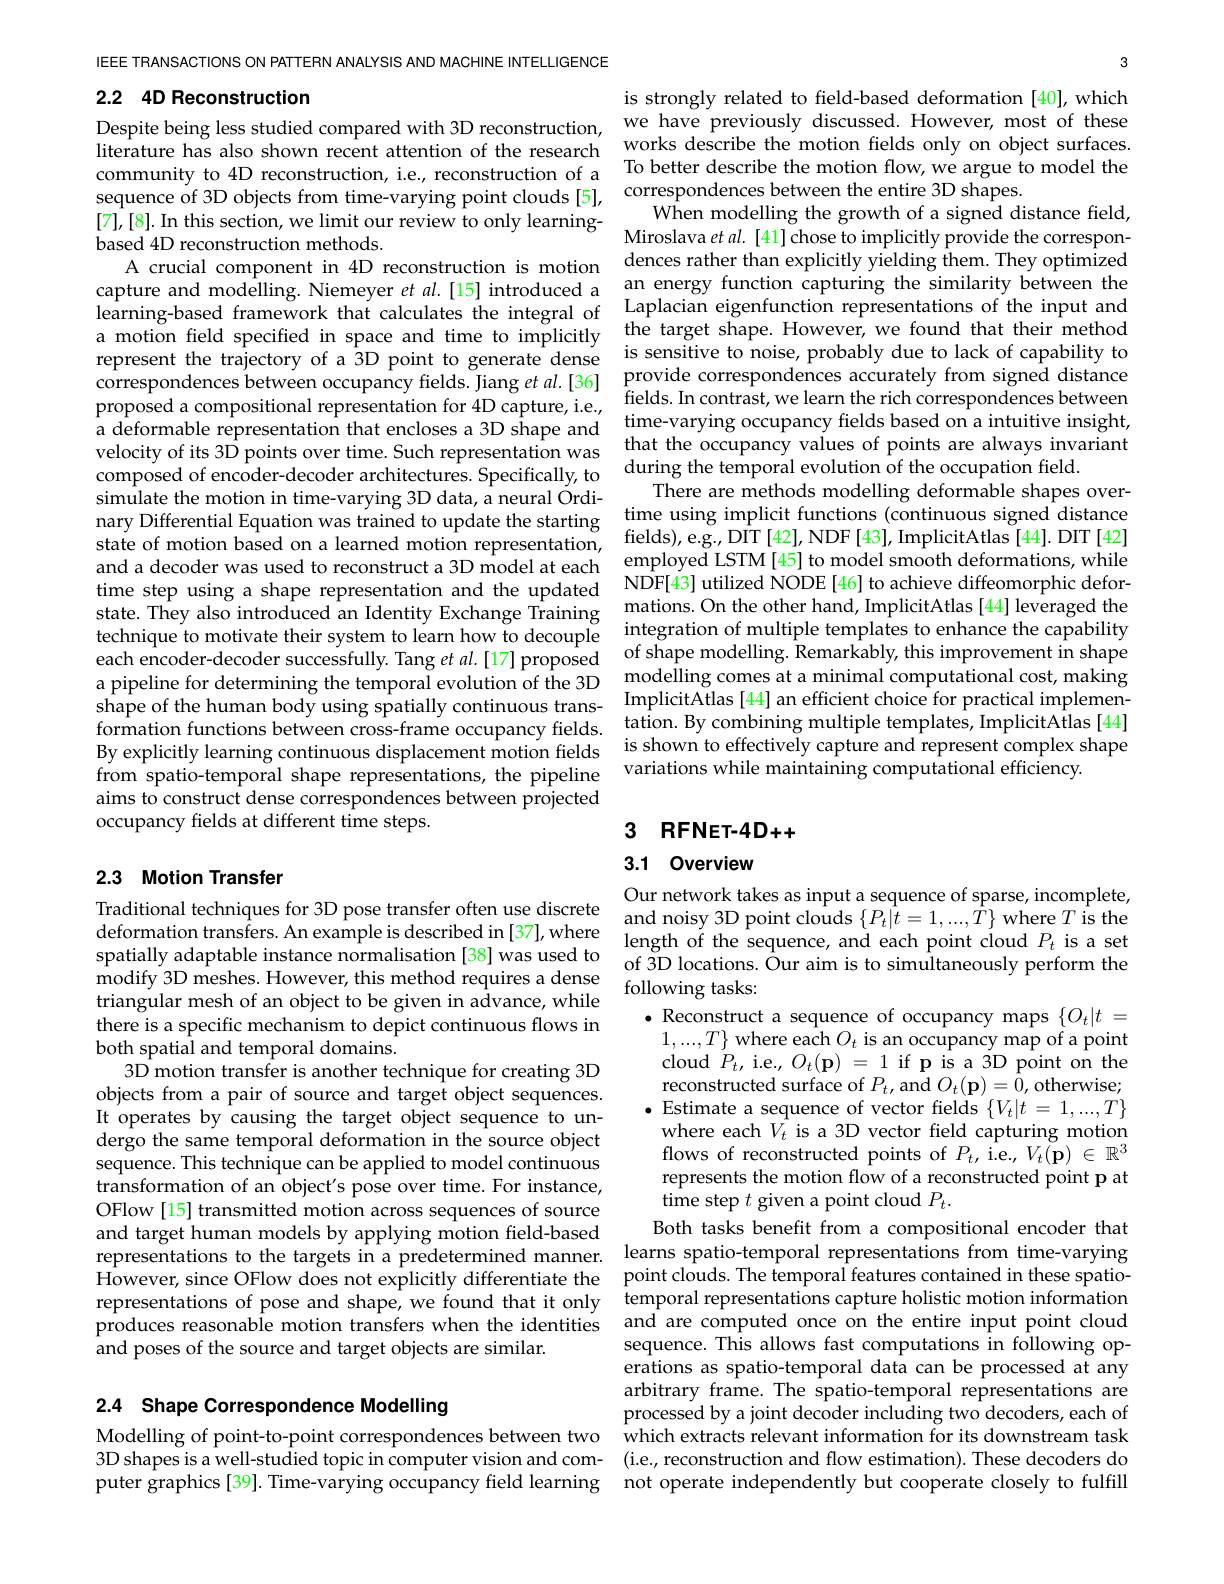
IEEE TRANSACTIONS ON PATTERN ANALYSIS AND MACHINE INTELLIGENCE

## 2.2 4D Reconstruction

literature has also shown recent attention of the research [7],[8]. In this section, we limit our review to only learningbased 4D reconstruction methods.
proposed a compositional representation for 4D capture, i.e., simulate the motion in time-varying 3D data, a neural Órditechnique to motivate their system to learn how to decouple shape of the human body using spatially continuous transfrom spatio-temporal shape representations, the pipeline aims to construct dense correspondences between projected occupancy fields at different time steps.

## 2.3 Motion Transfer

Traditional techniques for 3D pose transfer often use discrete deformation transfers. An example is described in [37], where spatially adaptable instance normalisation [38] was used to modify 3D meshes. However, this method requi
there is a specific mechanism to depict continuous flows in
both spatial and temporal domains.
3D motion transfer is another technique for creating 3D objects from a pair of source and target object sequences. It operates by causing the target object sequence to undergo the same temporal deformation in the source object sequence. This technique can be applied to model continuous transformation of an object's pose over time. For instance, OFlow [15] transmitted motion across sequences of source and target human models by applying motion field-based representations to the targets in a predetermined manner. learns spatio-temporal representations from time-varying However, since OFlow does not explicitly differentiate the point clouds. The temporal features contained in these spatiorepresentations of pose and shape, we found that it only $\hat{\text{temporal representations capture holistic motion information}}$ produces reasonable motion transfers when the identities and are computed once on the entire input point cloud and poses of the source and target objects are similar.

2.4 Shape Correspondence Modelling

3
is strongly related to field-based deformation [40], which
Despite being less studied compared with 3D reconstruction, we have previously discussed. However, most of these
works describe the motion fields only on object surfaces.
community to 4D reconstruction, i.e., reconstruction of a To better describe the motion flow, we argue to model the
sequence of 3D objects from time-varying point clouds [5], correspondences between the entire 3D shapes.
When modelling the growth of a signed distance field, Miroslava et al. [41] chose to implicitly provide the correspon-
A crucial component in 4D reconstruction is motion dences rather than explicitly yielding them. They optimized capture and modelling. Niemeyer $etal.[15]$ introduced a an energy function capturing the similarity between the learning- based framework that calculates the integral ofLaplacian eigenfunction representations of the input and a motion field specified in space and time to implicitlythe target shape. However, we found that their method a motion field represent the trajectory of a 3D point to generate dense is sensitive to noise, probably due to lack of capability to correspondences between occupancy fields. Jiang $et$ $al. [ 36]$ provide correspondences accurately from signed distance
fields. In contrast, we learn the rich correspondences between
a deformable representation velocity of its 3D points ov composed of encoder-decoder
There are methods modelling
nary Differential Equation w state of motion based on a l and a decoder was used to re time step using a shape repr state. They also introduced
integration of multiple temp
each encoder-decoder success a pipeline for determining t
ImplicitAtlas [44] an effici
formation functions between By explicitly learning conti
variations while maintaining computational efficiency.

3 $RFNET- 4D+ +$

## 3.1 Overview

Our network takes as input a sequence of sparse, incomplete, and noisy 3D point clouds $\{P_t|\hat{t}=1,...,\hat{T}\}$ where $T$ is the length of the sequence, and each point cloud $P_t$ is a set of 3D locations. Ôur aim is to simultaneously perform the $\bullet$ Reconstruct a sequence of occupancy maps $\{O_{t}|t=$ $1,...,T\}$ where each $O_t$ is an occupancy map of a point cloud $P_{t}$,i.e.,$O_{t}(\mathbf{p})=1$if p is a 3D point on the reconstructed surface of $P_{t}$, and $O_{t}(\mathbf{p})=\hat{0}$, otherwise; $\bullet$Estimate a sequence of vector fields $\{V_t|t=1,...,T\}$ where each $\hat{V_t}$ is a 3D vector field capturing motion flows of reconstructed points of $P_{t}, \hat{\mathrm{i. e. }} , V_{t}( \mathbf{p} ) \in \mathbb{R} ^{3}$ represents the motion flow of a reconstructed point p at ${\overset{1}{\operatorname*{\operatorname*{time}}}}$step $t$ given a point cloud $P_t.$
Both tasks benefit from a compositional encoder that sequence. This allows fast computations in following operations as spatio-temporal data can be processed at any arbitrary frame. The spatio-temporal representations are processed by a joint decoder including two decoders, each of
Modelling of point-to-point correspondences between two which extracts relevant information for its downstream task 3D shapes is a well-studied topic in computer vision and com- (i.e, reconstruction and flow estimation). These decoders do puter graphics [39]. Time-varying occupancy field learning not operate independently but cooperate closely to fulfill